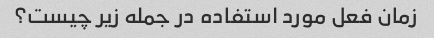
زمان فعل مورد استفاده در جمله زیر چیست؟